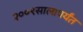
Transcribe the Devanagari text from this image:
२००९सालापर्यंत